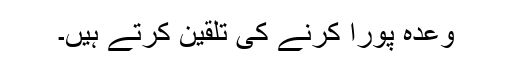
وعدہ پورا کرنے کی تلقین کرتے ہیں۔